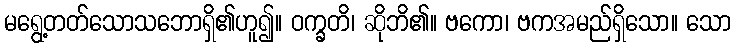
မရွေ့တတ်သောသဘောရှိ၏ဟူ၍။ ဝက္ခတိ၊ ဆိုဘိ၏။ ဗကော၊ ဗကအမည်ရှိသော။ သော